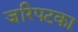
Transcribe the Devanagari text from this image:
जरिपटका